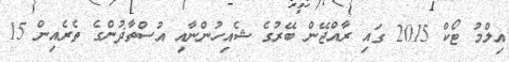
އިލްމު ޓޯކް 2015 ގައި ރާއްޖޭން ބޭރުގެ ޝެއިހުންނާއި އުސްތާޛުންގެ ތެރެއިން 15